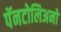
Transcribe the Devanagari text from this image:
पॅनटोलिअनो